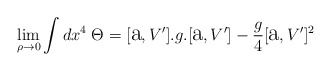
\begin{align*}\lim_{\rho\to0}\int dx^{4}\;\Theta=[\hbox{\Large a},V'].g.[\hbox{\Large a},V']-\frac{g}{4}[\hbox{\Large a},V']^{2}\end{align*}